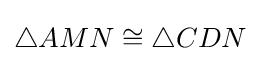
\triangle AMN\cong \triangle CDN